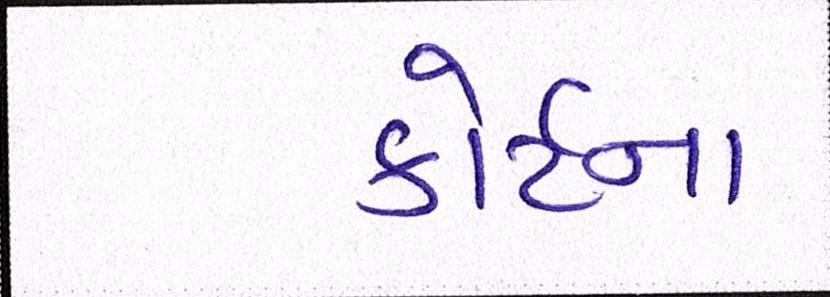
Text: કોર્ટના